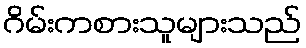
ဂိမ်းကစားသူများသည်